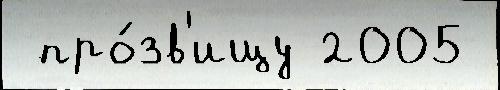
 про́зв'ищу 2005